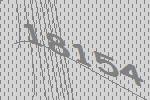
18154